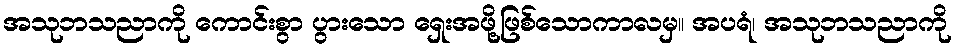
အသုဘသညာကို ကောင်းစွာ ပွားသော ရှေးအဖို့ဖြစ်သောကာလမှ။ အပရံ၊ အသုဘသညာကို